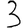
Digit: 3